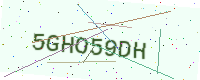
Text: 5GHO59DH